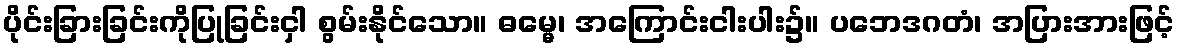
ပိုင်းခြားခြင်းကိုပြုခြင်းငှါ စွမ်းနိုင်သော။ ဓမ္မေ၊ အကြောင်းငါးပါး၌။ ပဘေဒဂတံ၊ အပြားအားဖြင့်